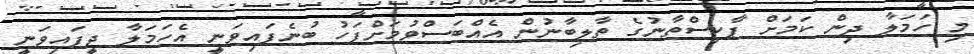
މި ހަމަލާ ދިން ކަމަށް ޕާކިސްތާނުގެ ތާލިބާނުން އެއްބަސްވުމަށްފަހު ބުނެފައިވަނީ އެހަމަލާ ދީފައިވަނީ